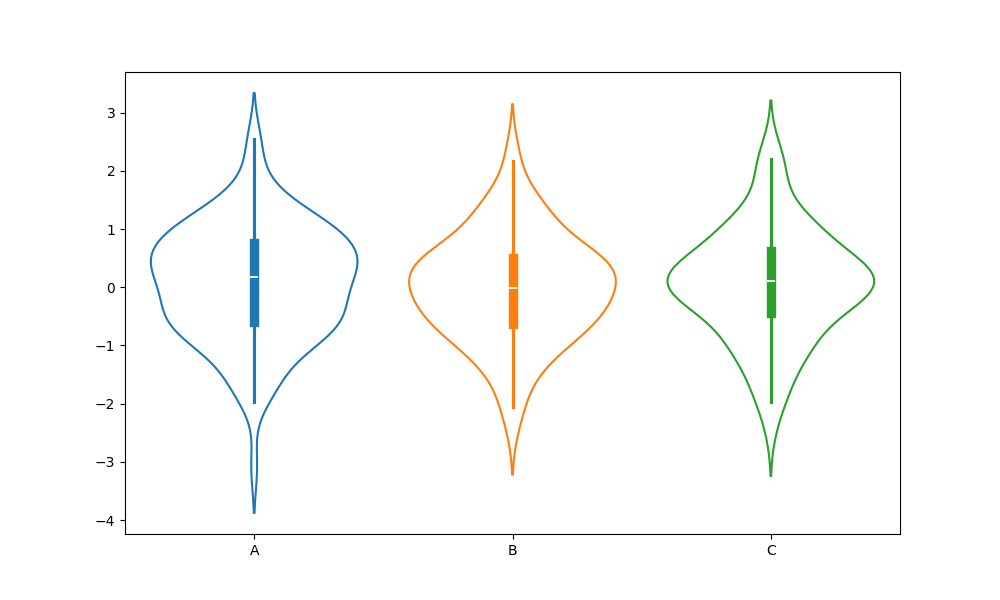
python, seaborn, violinplot, scale='count', split='False', inner='box', fill='False'